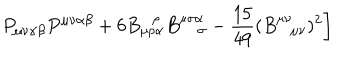
LaTeX: P _ { \mu \nu \alpha \beta } P ^ { \mu \nu \alpha \beta } + \left. 6 B _ { \mu \rho \alpha } ^ { \, \ \ \rho } B _ { \sigma } ^ { \mu \sigma \alpha } - \frac { 1 5 } { 4 9 } ( B _ { \ \ ~ \mu \nu } ^ { \mu \nu } ) ^ { 2 } \right]